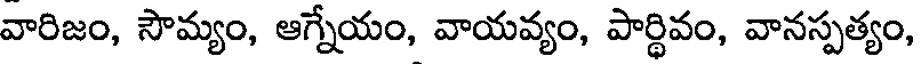
వారిజం, సౌమ్యం, ఆగ్నేయం, వాయవ్యం, పార్థివం, వానస్పత్యం,